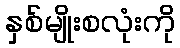
နှစ်မျိုးစလုံးကို